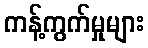
ကန့်ကွက်မှုများ